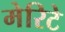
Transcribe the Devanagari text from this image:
मेरिटे